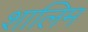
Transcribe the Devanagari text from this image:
शालिम